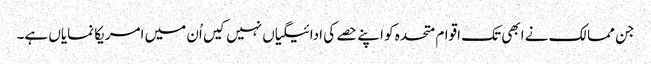
جن ممالک نے ابھی تک اقوام متحدہ کو اپنے حصے کی ادائیگیاں نہیں کیں اُن میں امریکا نمایاں ہے۔